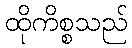
ထိုကိစ္စသည်